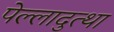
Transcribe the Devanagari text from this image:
पेल्लादुत्था